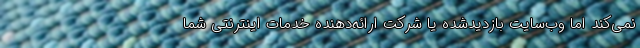
نمی‌کند اما وب‌سایت بازدیدشده یا شرکت ارائه‌دهنده خدمات اینترنتی شما